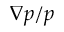
\nabla p / p